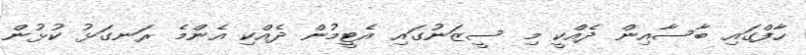
ހާފްގައި ބާސާއިން ދެއްކީ މި ސީޒަނުގައި އެޓީމުން ދެއްކި އެންމެ ރަނގަޅު ކުޅުން